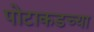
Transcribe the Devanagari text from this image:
पोटाकडच्या